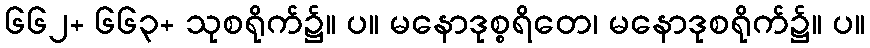
၆၆၂+ ၆၆၃+ သုစရိုက်၌။ ပ။ မနောဒုစ္စရိတေ၊ မနောဒုစရိုက်၌။ ပ။